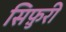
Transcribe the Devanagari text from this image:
सिफ़ुरी